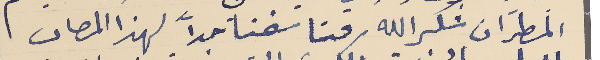
المطرَان شكرالله فتاسفنا جداً لهذا المصاب